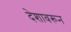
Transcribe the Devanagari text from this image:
देशावरून